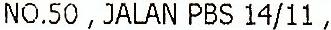
NO.50 , JALAN PBS 14/11 ,